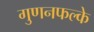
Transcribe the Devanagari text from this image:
गुणनफल्के